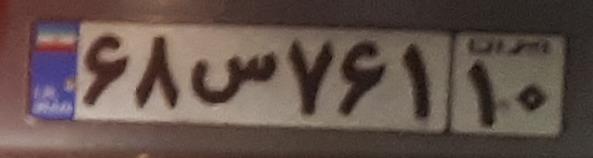
۸۶س۷۶۱۱۰